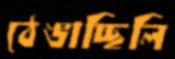
ঠেঙাচ্ছিলি